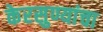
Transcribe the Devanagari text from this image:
केरसुण्यांचा